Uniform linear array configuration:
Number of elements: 16
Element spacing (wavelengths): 1
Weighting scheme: kaiser
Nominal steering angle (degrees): -15
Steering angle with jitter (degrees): -15.812
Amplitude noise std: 0.05
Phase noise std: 0.05

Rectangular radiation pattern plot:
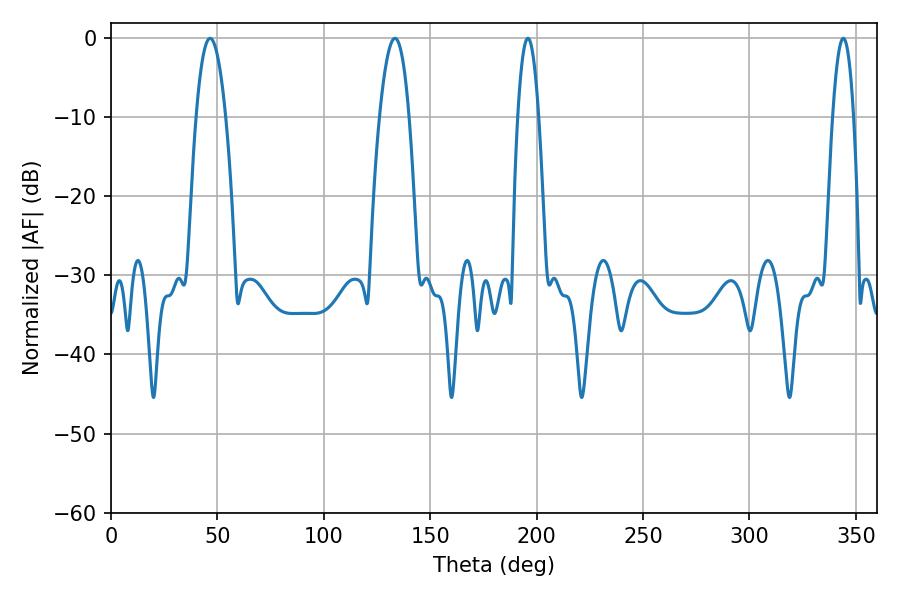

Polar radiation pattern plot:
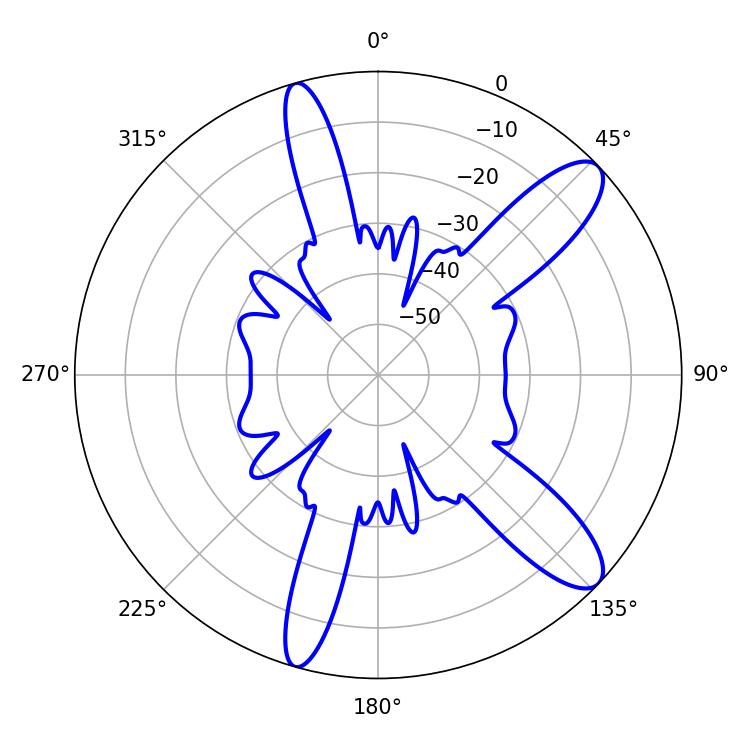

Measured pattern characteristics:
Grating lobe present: TRUE
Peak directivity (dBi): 11.173
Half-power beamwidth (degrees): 7.74
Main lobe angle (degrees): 46.62